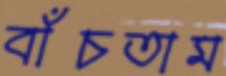
বাঁচতাম